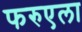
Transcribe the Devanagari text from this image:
फरुएला